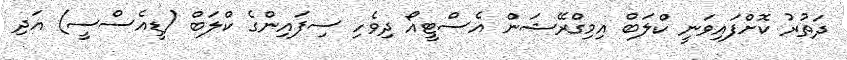
ދަތުުރު ކޮށްފައިވަނީ ކްލަބް އިމިގްރޭޝަން އެސްޓީއޯ ދިވެހި ސިފައިންގެ ކްލަބް (ޑީއެސްސީ) އަދި